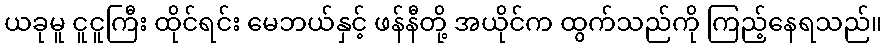
ယခုမူ ငူငူကြီး ထိုင်ရင်း မေဘယ်နှင့် ဖန်နီတို့ အယိုင်က ထွက်သည်ကို ကြည့်နေရသည်။